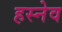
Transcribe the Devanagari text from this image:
हस्नेव